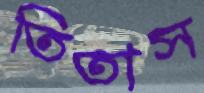
তিতাস